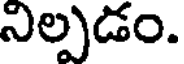
నిల్పడం.